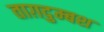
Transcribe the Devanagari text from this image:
ताग़दुम्बश